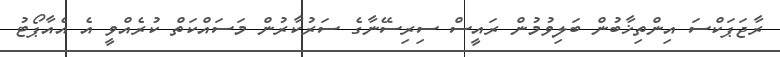
ރާޖަޕަކްސަ އިންތިޚާބުން ބަލިވުމުން ރައީސް ސިރިސޭނާގެ ސަރުކާރުން މަސައްކަތް ކުރެއްވީ އެ އެއާޕޯޓު